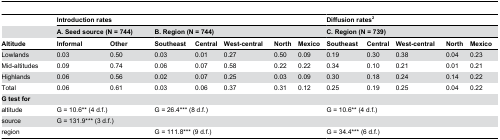
|  | <COLSPAN=7> Introduction rates | <COLSPAN=5> Diffusion rates2 |
 |  | <COLSPAN=2> A. Seed source (N = 744) | <COLSPAN=5> B. Region (N = 744) | <COLSPAN=5> C. Region (N = 739) |
 | Altitude | Informal | Other | Southeast | Central | West-central | North | Mexico | Southeast | Central | West-central | North | Mexico |
 | --- | --- | --- | --- | --- | --- | --- | --- | --- | --- | --- | --- | --- |
 | Lowlands | 0.03 | 0.50 | 0.03 | 0.01 | 0.27 | 0.50 | 0.09 | 0.19 | 0.30 | 0.38 | 0.04 | 0.23 |
 | Mid-altitudes | 0.09 | 0.74 | 0.06 | 0.07 | 0.58 | 0.22 | 0.22 | 0.34 | 0.10 | 0.21 | 0.01 | 0.21 |
 | Highlands | 0.06 | 0.56 | 0.02 | 0.07 | 0.25 | 0.03 | 0.09 | 0.30 | 0.18 | 0.24 | 0.14 | 0.22 |
 | Total | 0.06 | 0.61 | 0.03 | 0.06 | 0.37 | 0.31 | 0.12 | 0.25 | 0.19 | 0.25 | 0.04 | 0.22 |
 | G test for |  |  |  |  |  |  |  |  |  |  |  |  |
 | altitude | <COLSPAN=2> G = 10.6** (4 d.f.) | <COLSPAN=5> G = 26.4*** (8 d.f.) | <COLSPAN=5> G = 10.6** (4 d.f.) |
 | source | <COLSPAN=2> G = 131.9*** (3 d.f.) | <COLSPAN=5>  | <COLSPAN=5>  |
 | region | <COLSPAN=2>  | <COLSPAN=5> G = 111.8*** (9 d.f.) | <COLSPAN=5> G = 34.4*** (6 d.f.) |